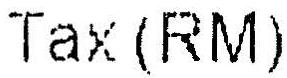
TAX(RM)